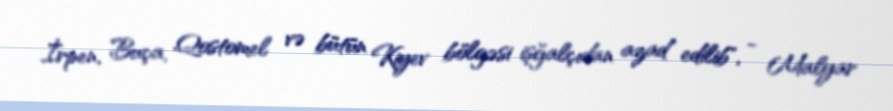
İrpen, Buça, Qostomel və bütün Kiyev bölgəsi işğalçıdan azad edilib", - Malyar